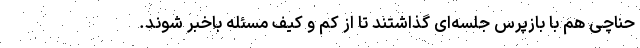
حناچی هم با بازپرس جلسه‌ای گذاشتند تا از کم و کیف مسئله باخبر شوند.